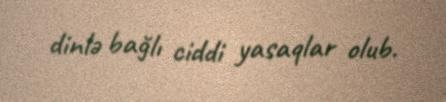
dinlə bağlı ciddi yasaqlar olub.